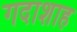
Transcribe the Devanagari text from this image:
गदाशाह